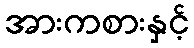
အားကစားနှင့်